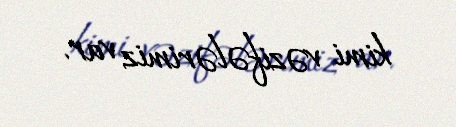
kimi vəzifələrimiz var.